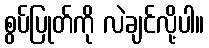
စွပ်ပြုတ်ကို လဲချင်လို့ပါ။